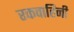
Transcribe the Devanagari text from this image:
रकवाहिनी